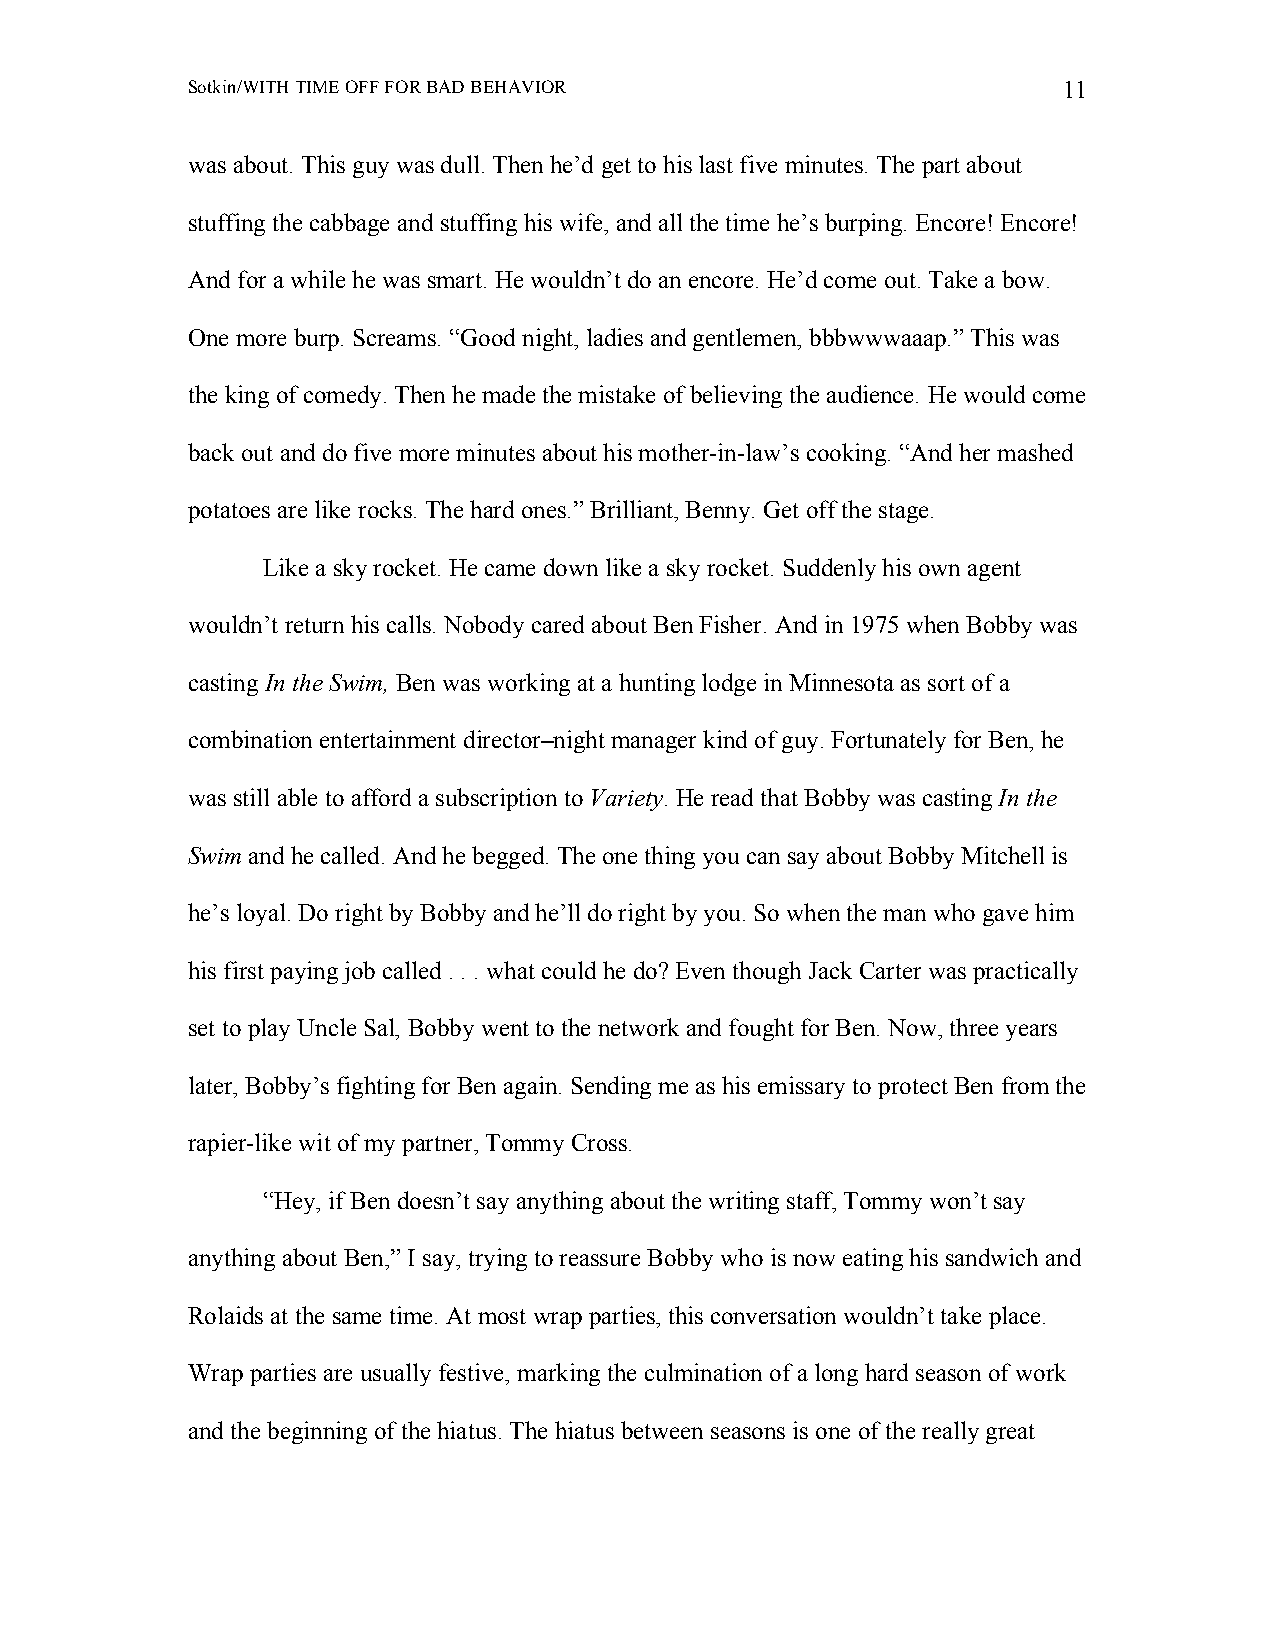
Sotkin/WITH TIME OFF FOR BAD BEHAVIOR                     11
 was about. This guy was dull. Then he’d get to his last five minutes. The part about
 stuffing the cabbage and stuffing his wife, and all the time he’s burping. Encore! Encore!
 And for a while he was smart. He wouldn’t do an encore. He’d come out. Take a bow.
 One more burp. Screams. “Good night, ladies and gentlemen, bbbwwwaaap.” This was
 the king of comedy. Then he made the mistake of believing the audience. He would come
 back out and do five more minutes about his mother-in-law’s cooking. “And her mashed
 potatoes are like rocks. The hard ones.” Brilliant, Benny. Get off the stage.
 Like a sky rocket. He came down like a sky rocket. Suddenly his own agent
 wouldn’t return his calls. Nobody cared about Ben Fisher. And in 1975 when Bobby was
 casting In the Swim, Ben was working at a hunting lodge in Minnesota as sort of a
 combination entertainment director–night manager kind of guy. Fortunately for Ben, he
 was still able to afford a subscription to Variety. He read that Bobby was casting In the
 Swim and he called. And he begged. The one thing you can say about Bobby Mitchell is
 he’s loyal. Do right by Bobby and he’ll do right by you. So when the man who gave him
 his first paying job called . . . what could he do? Even though Jack Carter was practically
 set to play Uncle Sal, Bobby went to the network and fought for Ben. Now, three years
 later, Bobby’s fighting for Ben again. Sending me as his emissary to protect Ben from the
 rapier-like wit of my partner, Tommy Cross.
 “Hey, if Ben doesn’t say anything about the writing staff, Tommy won’t say
 anything about Ben,” I say, trying to reassure Bobby who is now eating his sandwich and
 Rolaids at the same time. At most wrap parties, this conversation wouldn’t take place.
 Wrap parties are usually festive, marking the culmination of a long hard season of work
 and the beginning of the hiatus. The hiatus between seasons is one of the really great